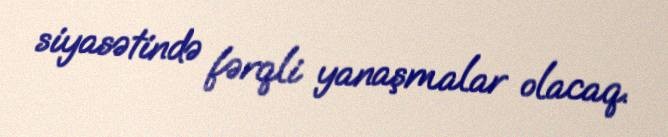
siyasətində fərqli yanaşmalar olacaq.